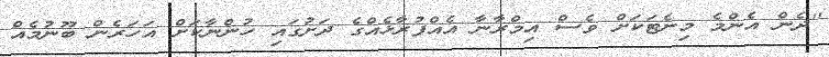
''ދެން އެންމެ މިނެޓަކަށް ވެސް އިމްރާނާ އެއްފުރާޅެއްގެ ދަށުގައި ހުންނާކަށް އަހަރެން ބޫނުމެއް